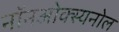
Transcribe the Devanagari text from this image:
नॉनओक्स्यनोल